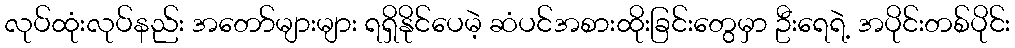
လုပ်ထုံးလုပ်နည်း အတော်များများ ရရှိနိုင်ပေမဲ့ ဆံပင်အစားထိုးခြင်းတွေမှာ ဦးရေရဲ့ အပိုင်းတစ်ပိုင်း